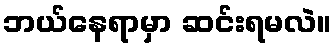
ဘယ်နေရာမှာ ဆင်းရမလဲ။